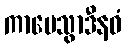
ကာမေသွာဒီနဝံ